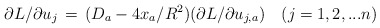
\begin{align*}\partial L/\partial u_j\,=\,(D_a-4x_a/R^2)(\partial L /\partial u_{j,a})\quad (j=1,2,...n)\end{align*}